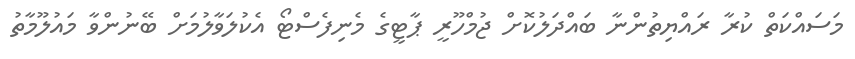
މަސައްކަތް ކުރާ ރައްޔިތުންނާ ބައްދަލުކޮށް ޖުމްހޫރީ ޕާޓީގެ މެނިފެސްޓޯ އެކުލަވާލުމަށް ބޭނުންވާ މައުލޫމާތު